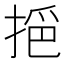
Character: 𢮤